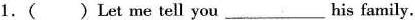
1.( )Let me tell you ___his family.